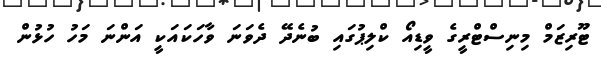
ޓޫރިޒަމް މިނިސްޓްރީގެ ވީޑިއޯ ކްލިޕުގައި ބުނެދޭ ދެވަނަ ވާހަކައަކީ އަންނަ މަހު ހުޅުން